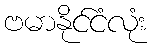
ဗမာနိုင်ငံလုံး